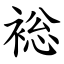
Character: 䙂